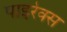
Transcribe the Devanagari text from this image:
पाइरेक्स